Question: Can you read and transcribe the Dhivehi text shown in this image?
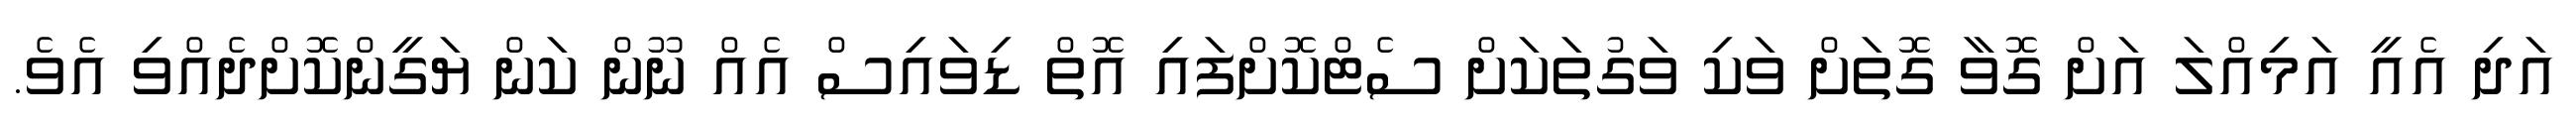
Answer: އަދި އެއީ އަމިއްލަ އަށް ގޮވާ ގޮތަށް ވަކި ވަގުތަކަށް ސެޓްކޮށްފައި އޮތް ޑިވައިސް އެއް ނޫން ކަން ޔަގީންކޮށްދެއްވި އެވެ.